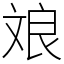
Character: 斏